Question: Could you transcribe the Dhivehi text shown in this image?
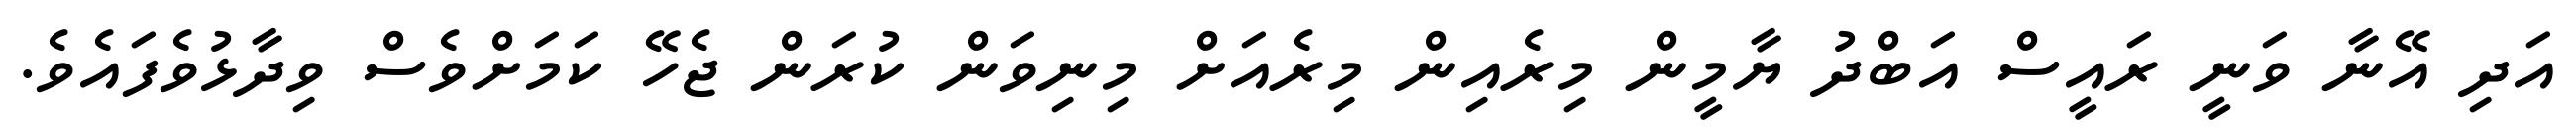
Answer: އަދި އޭނާ ވަނީ ރައީސް އަބްދު ޔާމީން މިރެއިން މިރެއަށް މިނިވަން ކުރަން ޖެހޭ ކަމަށްވެސް ވިދާޅުވެފައެވެ.